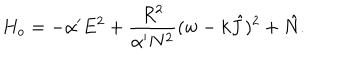
H _ { o } = - \alpha ^ { \prime } E ^ { 2 } + \frac { R ^ { 2 } } { \alpha ^ { \prime } N ^ { 2 } } ( w - k \hat { J } ) ^ { 2 } + \hat { N } .